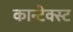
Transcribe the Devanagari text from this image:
कान्टेक्स्ट